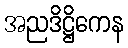
အညဒိဋ္ဌိကေန